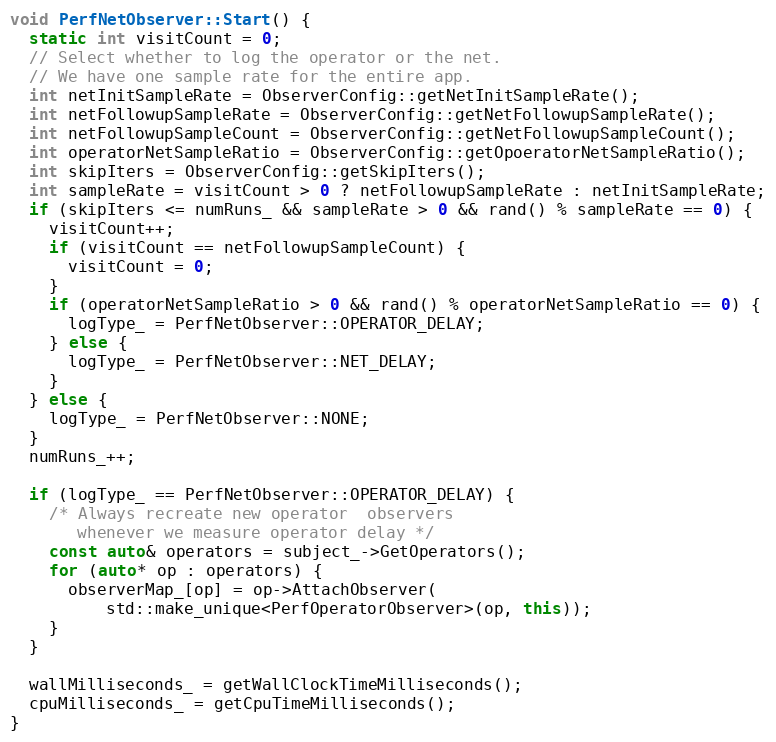
Language: C++
void PerfNetObserver::Start() {
  static int visitCount = 0;
  // Select whether to log the operator or the net.
  // We have one sample rate for the entire app.
  int netInitSampleRate = ObserverConfig::getNetInitSampleRate();
  int netFollowupSampleRate = ObserverConfig::getNetFollowupSampleRate();
  int netFollowupSampleCount = ObserverConfig::getNetFollowupSampleCount();
  int operatorNetSampleRatio = ObserverConfig::getOpoeratorNetSampleRatio();
  int skipIters = ObserverConfig::getSkipIters();
  int sampleRate = visitCount > 0 ? netFollowupSampleRate : netInitSampleRate;
  if (skipIters <= numRuns_ && sampleRate > 0 && rand() % sampleRate == 0) {
    visitCount++;
    if (visitCount == netFollowupSampleCount) {
      visitCount = 0;
    }
    if (operatorNetSampleRatio > 0 && rand() % operatorNetSampleRatio == 0) {
      logType_ = PerfNetObserver::OPERATOR_DELAY;
    } else {
      logType_ = PerfNetObserver::NET_DELAY;
    }
  } else {
    logType_ = PerfNetObserver::NONE;
  }
  numRuns_++;

  if (logType_ == PerfNetObserver::OPERATOR_DELAY) {
    /* Always recreate new operator  observers
       whenever we measure operator delay */
    const auto& operators = subject_->GetOperators();
    for (auto* op : operators) {
      observerMap_[op] = op->AttachObserver(
          std::make_unique<PerfOperatorObserver>(op, this));
    }
  }

  wallMilliseconds_ = getWallClockTimeMilliseconds();
  cpuMilliseconds_ = getCpuTimeMilliseconds();
}